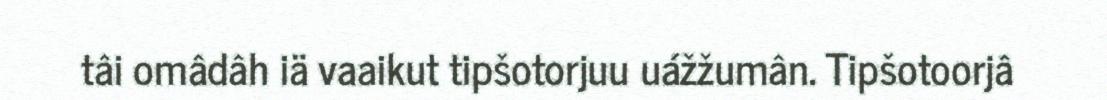
tâi omâdâh iä vaaikut tipšotorjuu uážžumân. Tipšotoorjâ